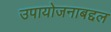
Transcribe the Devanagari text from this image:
उपायोजनाबद्दल